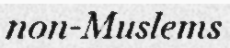
non-Muslems